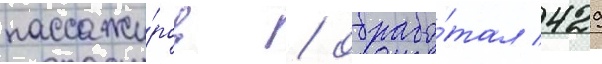
пассажи́ров / обрабо́тал 429